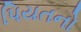
પિયતનો